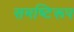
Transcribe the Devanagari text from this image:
समष्टिरूप